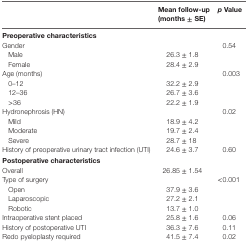
|  | Mean follow-up (months ± SE) | p Value |
 | --- | --- | --- |
 | <COLSPAN=3> Preoperative characteristics |
 | Gender |  | 0.54 |
 | Male | 26.3 ± 1.8 |  |
 | Female | 28.4 ± 2.9 |  |
 | Age (months) |  | 0.003 |
 | 0–12 | 32.2 ± 2.9 |  |
 | 12–36 | 26.7 ± 3.6 |  |
 | >36 | 22.2 ± 1.9 |  |
 | Hydronephrosis (HN) |  | 0.02 |
 | Mild | 18.9 ± 4.2 |  |
 | Moderate | 19.7 ± 2.4 |  |
 | Severe | 28.7 ± 18 |  |
 | History of preoperative urinary tract infection (UTI) | 24.6 ± 3.7 | 0.60 |
 | <COLSPAN=3> Postoperative characteristics |
 | Overall | 26.85 ± 1.54 |  |
 | Type of surgery |  | <0.001 |
 | Open | 37.9 ± 3.6 |  |
 | Laparoscopic | 27.2 ± 2.1 |  |
 | Robotic | 13.7 ± 1.0 |  |
 | Intraoperative stent placed | 25.8 ± 1.6 | 0.06 |
 | History of postoperative UTI | 36.3 ± 7.6 | 0.11 |
 | Redo pyeloplasty required | 41.5 ± 7.4 | 0.02 |